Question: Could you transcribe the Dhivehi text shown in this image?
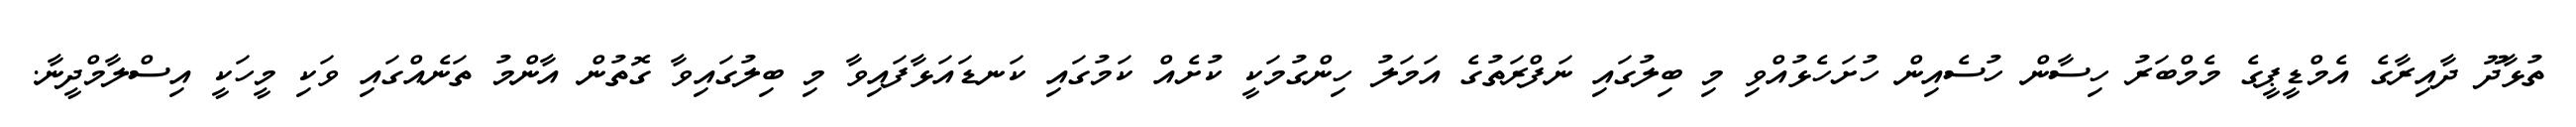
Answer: ތުޅާދޫ ދާއިރާގެ އެމްޑީޕީގެ މެމްބަރު ހިސާން ހުސެއިން ހުށަހެޅުއްވި މި ބިލުގައި ނަފްރަތުގެ އަމަލު ހިންގުމަކީ ކުށެއް ކަމުގައި ކަނޑައަޅާފައިވާ މި ބިލުގައިވާ ގޮތުން އާންމު ތަނެއްގައި ވަކި މީހަކީ އިސްލާމްދީނާ.